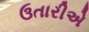
ઉતારીએ